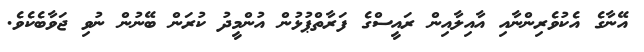
އޭނާގެ އެކުވެރިންނާއި އާއިލާއިން ރައީސްގެ ފަރާތްޕުޅުން އުންމީދު ކުރަން ބޭނުން ނުވި ޖަވާބެކެވެ.